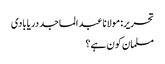
تحریر: مولانا عبد الماجد دریابادی
مسلمان کون ہے؟